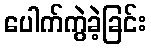
ပေါက်ကွဲခဲ့ခြင်း